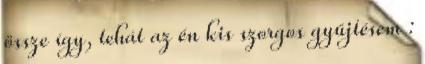
össze így, tehát az én kis szorgos gyűjtésem :